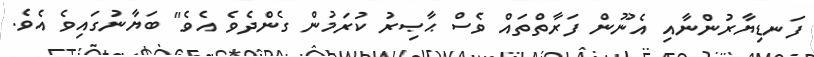
ފަނޑިޔާރުންނާއި އެނޫން ފަރާތްތައް ވެސް ޙާޞިރު ކުރަމުން ގެންދެވެ އެވެ" ބަޔާނުގައިވެ އެވެ.